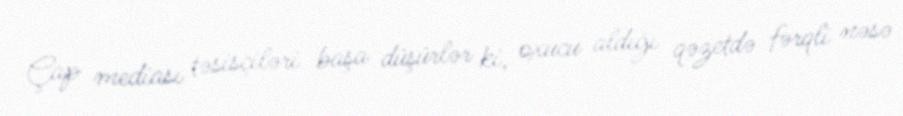
Çap mediası təsisçiləri başa düşürlər ki, oxucu aldığı qəzetdə fərqli nəsə